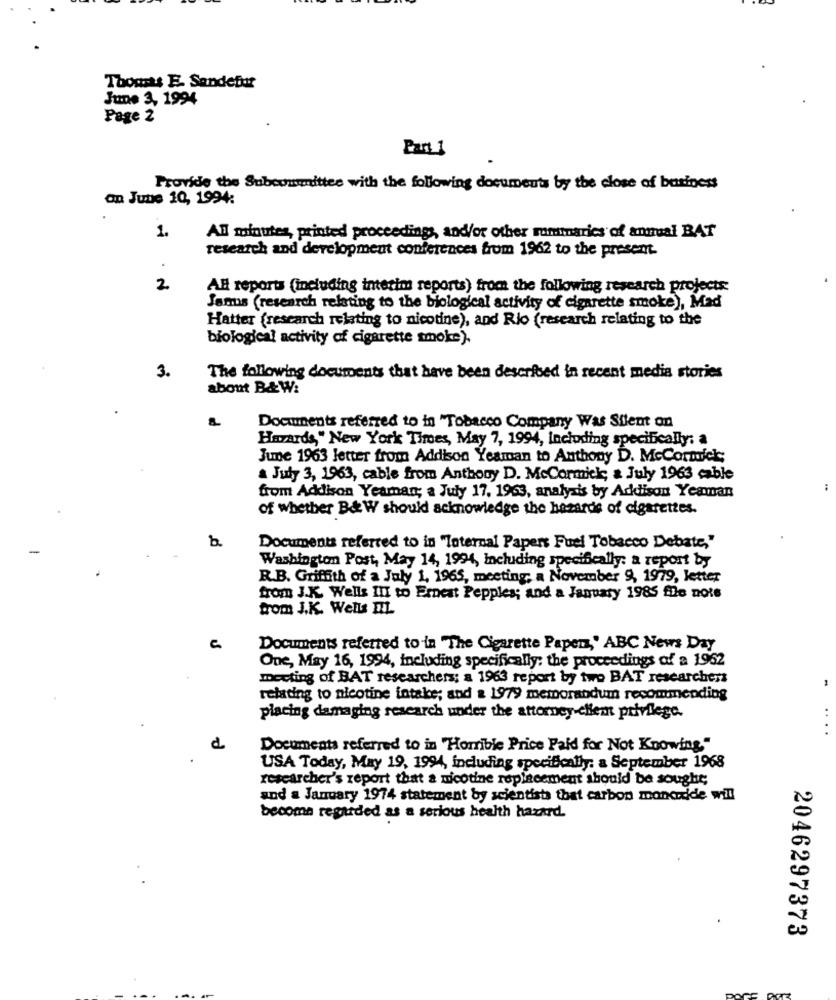
Thomsts E. Sandefuit
June 3, 1994
Page 2
Part 1
Provide the Subcommittee with the following documents by the close of business
on June 10, 1994:
1.
All minutes, printed proceedings, and/or other rommarics of annual BAT
research and development conferences from 1962 to the present.
2
All reports (including interim reports) from the following research projects:
Janus (research relating to the biological activity of cigarette smoke), Mad
Hatter (research relating to nicotine), and Rio (research relating to the
biological activity of cigarette smoke).
3.
The following documents that have been described in recent media stories
about B&W:
Documents referred to in "Tobacco Company Was Silent on
Hazards," New York Times, May 7, 1994, including specifically: a
June 1963 letter from Addison Yeaman to Anthony D. McCormick;
a July 3, 1963, cable from Anthony D. McCormick, & July 1963 cable
from Addison Yeaman; a July 17, 1963, analysis by Addison Yeaman
of whether B& W should acknowledge the hazards of cigarettes.
b.
Documents referred to in "Toternal Papers Fuel Tobacco Debate,"
Washington Post, May 14, 1994, Including specifically: a report by
R.B. Griffith of a July 1, 1965, meeting; a November 9, 1979, letter
from J.K. Wells III to Ernest Pepples; and a January 1985 file note
trom J.K. Wells EL
Documents referred to -in "The Cigarette Paper,' ABC News Day
One, May 16, 1994, including specifically; the proceedings of a 1962
meeting of BAT researchers; a 1963 report by two BAT researchers
relating to nicotine intake; and & 1979 memorandum recommending
placing damaging research under the attorney-client privilege.
Documents referred to in "Horrible Price Paid for Not Knowing."
USA Today, May 19, 1994, including specifically: a September 1968
researcher's report that a nicotine replacement should be sought;
and a January 1974 statement by scientists that carbon moncride will
become regarded as a serious health hazard.
2046297373